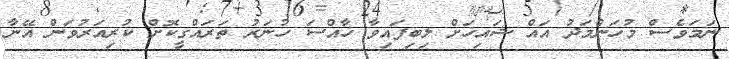
ނަމަވެސް މުހަންމަދު އައް ޝައިޚަށް ލިބިފައިވާ ޚާއްސަ ހުނަރު ތަރައްގީކޮށް ކުރިއަރުވަން އޭނާ